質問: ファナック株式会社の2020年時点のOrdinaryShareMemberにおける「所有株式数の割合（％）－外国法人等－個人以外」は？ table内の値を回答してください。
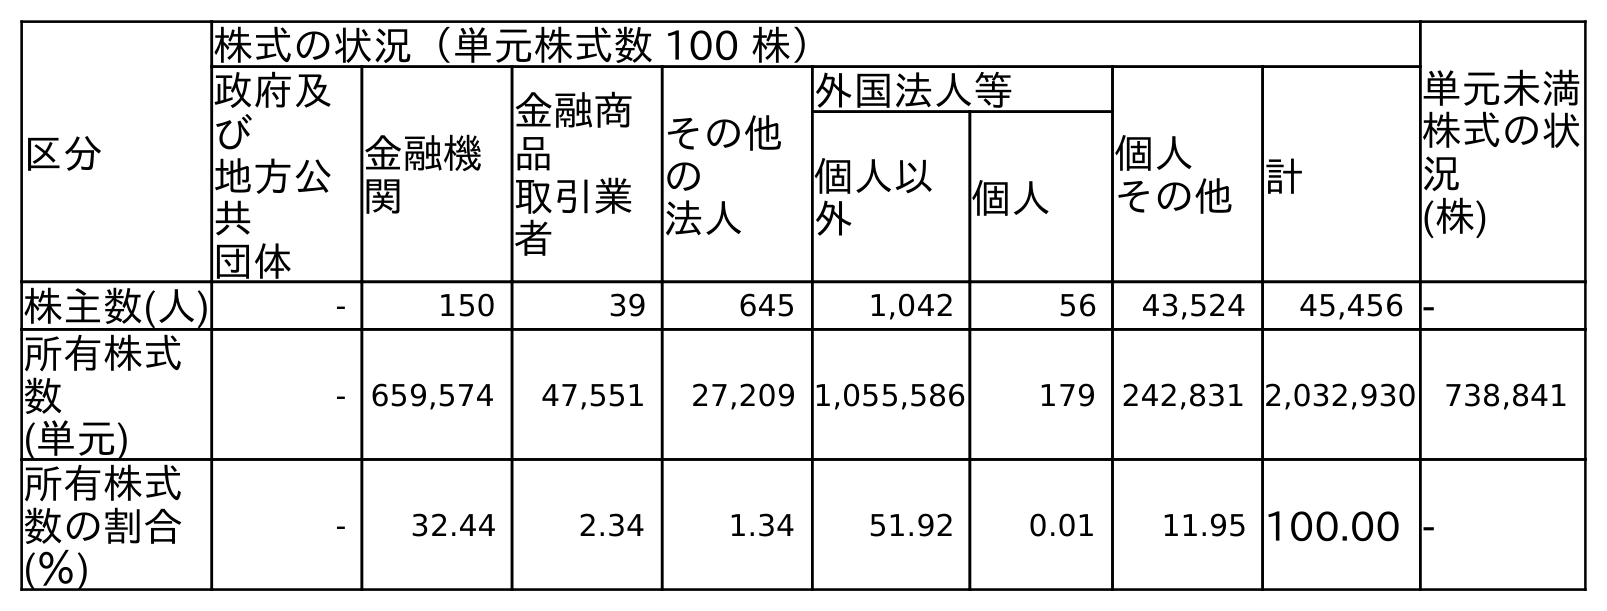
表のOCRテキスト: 区分 株式の状況（単元株式数 100 株） 単元未満 株式の状 況 (株) 政府及 び 地方公 共 団体 金融機 関 金融商 品 取引業 者 その他 の 法人 外国法人等 個人 その他計 個人以 外 個人 株主数(人) - 150 39 645 1,042 56 43,524 45,456 - 所有株式 数 (単元) - 659,574 47,551 27,209 1,055,586 179 242,831 2,032,930 738,841 所有株式 数の割合 (％) - 32.44 2.34 1.34 51.92 0.01 11.95 100.00 -
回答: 51.92